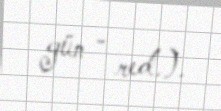
gün - red.).